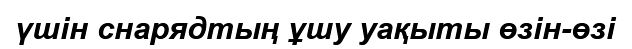
үшін снарядтың ұшу уақыты өзін-өзі